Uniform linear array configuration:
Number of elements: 16
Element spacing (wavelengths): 0.5
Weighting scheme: kaiser
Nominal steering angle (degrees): -60
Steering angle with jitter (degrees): -58.913
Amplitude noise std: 0.05
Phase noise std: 0.05

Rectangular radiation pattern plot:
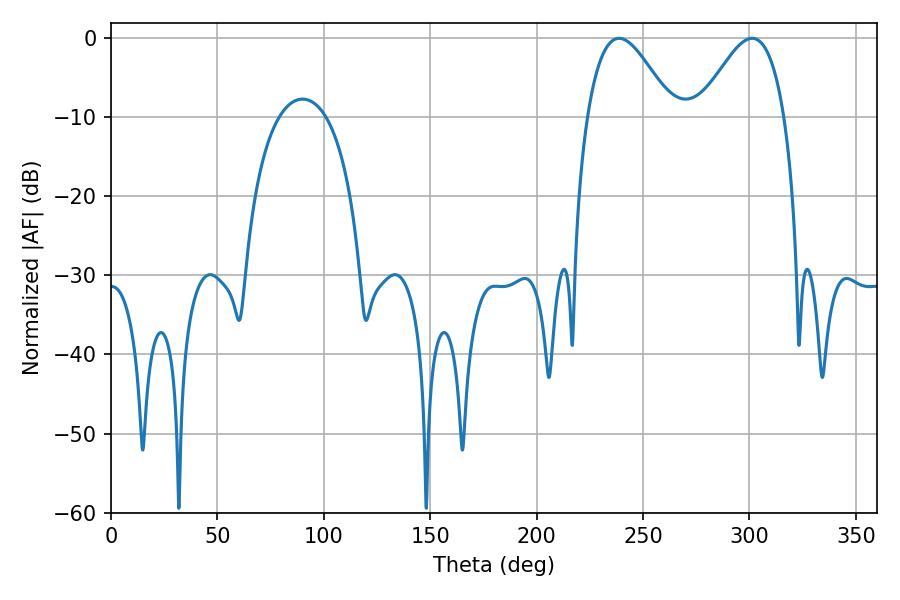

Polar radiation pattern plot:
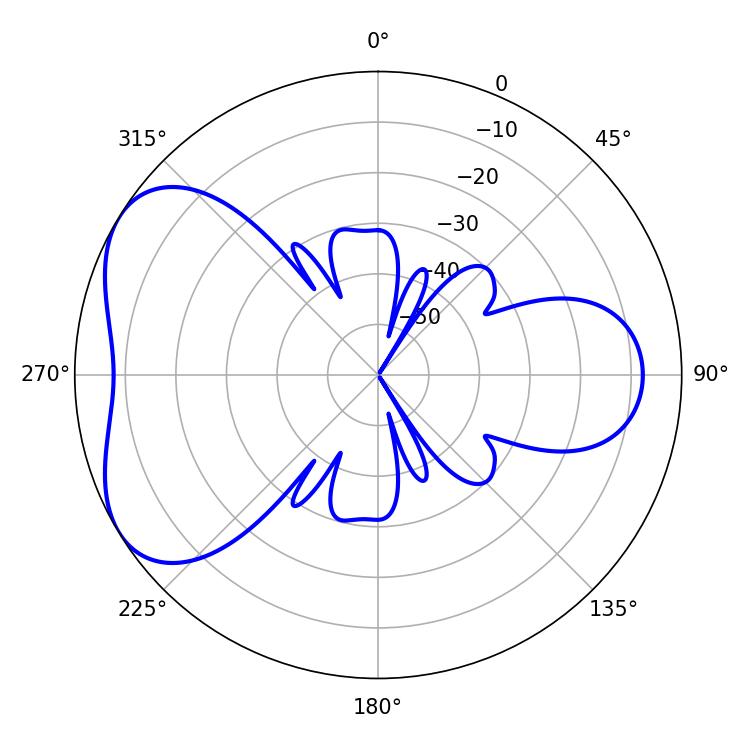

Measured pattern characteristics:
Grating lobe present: FALSE
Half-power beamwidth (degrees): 21.42
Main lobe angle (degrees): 238.68